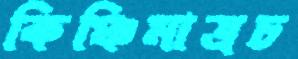
কিঞ্চিমাত্রচ